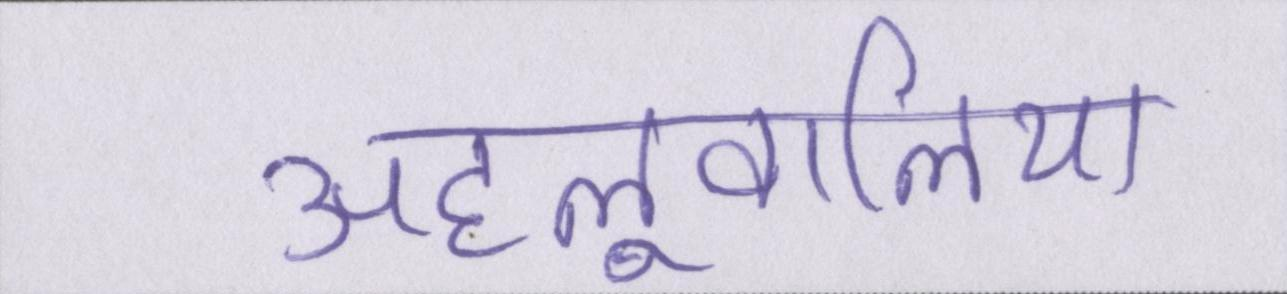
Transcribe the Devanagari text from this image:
अहलूवालिया